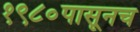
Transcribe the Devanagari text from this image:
१९८०पासूनच